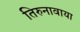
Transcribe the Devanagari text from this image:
तिरुनावाया